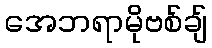
အေဘရာမိုဗစ်ချ်